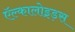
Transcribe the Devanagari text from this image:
ऍल्कालोइड़स